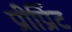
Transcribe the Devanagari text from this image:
प्रीप्रिंट